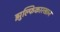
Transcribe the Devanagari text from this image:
झुल्फिकारखान